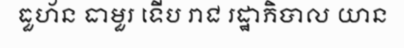
ធួហ័ន ធាមួរ ទើប រាជ រដ្ឋាភិបាល យាន